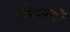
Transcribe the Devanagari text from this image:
उदेदश्यों